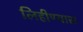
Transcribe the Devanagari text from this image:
लिहीण्यास